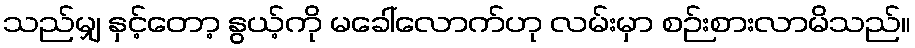
သည်မျှ နှင့်တော့ နွယ့်ကို မခေါ်လောက်ဟု လမ်းမှာ စဉ်းစားလာမိသည်။